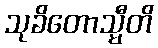
သုခိတောသ္မီတိ